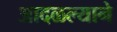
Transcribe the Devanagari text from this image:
आदळल्याने